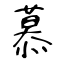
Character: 慕